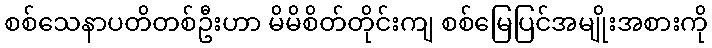
စစ်သေနာပတိတစ်ဦးဟာ မိမိစိတ်တိုင်းကျ စစ်မြေပြင်အမျိုးအစားကို